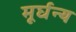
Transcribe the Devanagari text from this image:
मूर्घन्य